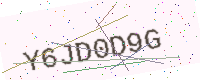
Text: Y6JD0D9G